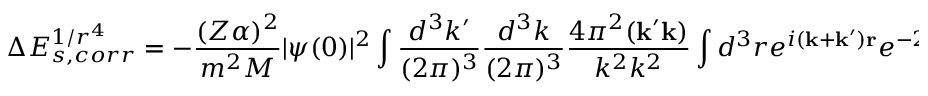
\Delta E _ { s , c o r r } ^ { 1 / r ^ { 4 } } = - \frac { ( Z \alpha ) ^ { 2 } } { m ^ { 2 } M } | \psi ( 0 ) | ^ { 2 } \int \frac { d ^ { 3 } k ^ { \prime } } { ( 2 \pi ) ^ { 3 } } \frac { d ^ { 3 } k } { ( 2 \pi ) ^ { 3 } } \frac { 4 \pi ^ { 2 } ( { \bf k ^ { \prime } k } ) } { k ^ { 2 } k ^ { 2 } } \int d ^ { 3 } r e ^ { i { \bf ( k + k ^ { \prime } ) r } } e ^ { - 2 \beta r } [ - 2 ( n - 1 ) \beta r ]